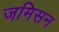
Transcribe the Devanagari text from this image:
जमिसन